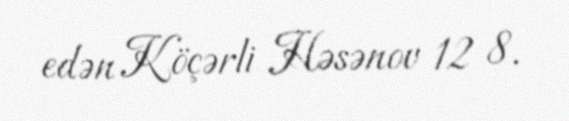
edən Köçərli Həsənov 12 8.